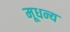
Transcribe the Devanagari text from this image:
मूधन्य